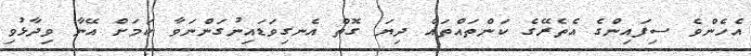
އެހެންވެ ސިފައިންގެ އެތެރޭގެ ކަންތައްތައް ދިޔަ ގޮތް އެނގިވަޑައިނުގަންނަވާ ކަމަށް އޭނާ ވިދާޅުވި